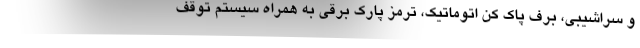
و سراشیبی، برف پاک کن اتوماتیک، ترمز پارک برقی به همراه سیستم توقف